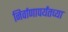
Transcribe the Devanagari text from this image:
निर्वाणापर्यंतच्या